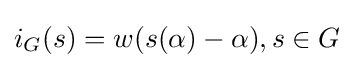
i_{G}(s)=w(s(\alpha )-\alpha ),s\in G